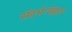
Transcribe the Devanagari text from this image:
संदर्भःनेहरू